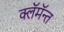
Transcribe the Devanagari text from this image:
क्लॅमॅन्त